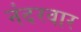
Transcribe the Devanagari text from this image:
नंदरवार